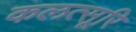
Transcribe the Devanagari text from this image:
कलत्सूरि